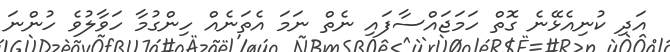
އަދި ކުނިއެޅޭނެ ގޮތް ހަމަޖައްސާފައި ނެތް ނަމަ އެތަނެއް ހިންގުމާ ހަވާލުވެ ހުންނަ